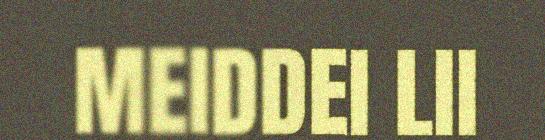
MEIDDEI LII